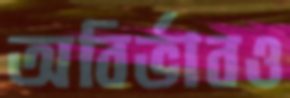
অবির্ভাবও